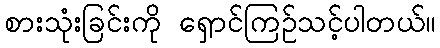
စားသုံးခြင်းကို ရှောင်ကြဉ်သင့်ပါတယ်။